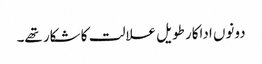
دونوں اداکار طویل علالت کا شکار تھے۔